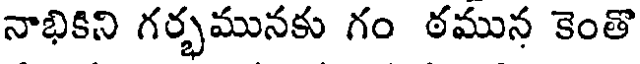
నాభికిని గర్భమునకు గం ఠమున కెంతొ